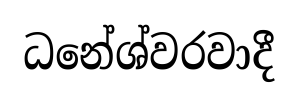
ධනේශ්වරවාදී